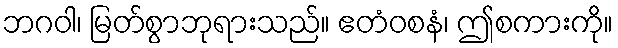
ဘဂဝါ၊ မြတ်စွာဘုရားသည်။ ဧတံဝစနံ၊ ဤစကားကို။